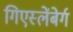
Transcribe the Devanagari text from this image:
गिएस्लेंबेर्ग